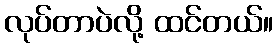
လုပ်တာပဲလို့ ထင်တယ်။